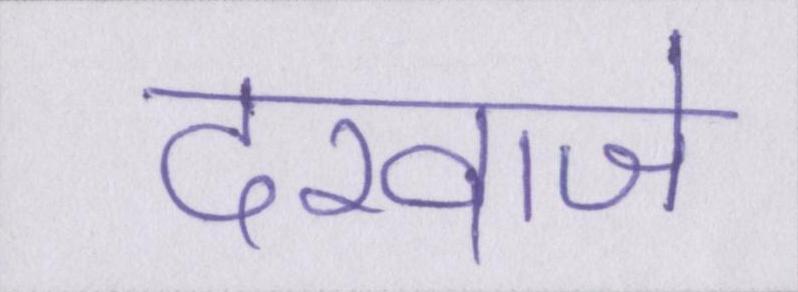
दरवाजे